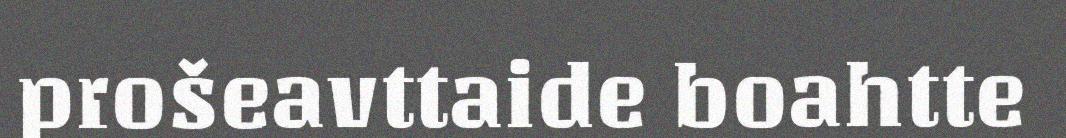
prošeavttaide boahtte